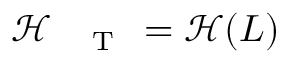
\mathcal { H } _ { \mathrm { ~ \tiny ~ \textnormal ~ { ~ T ~ } ~ } } = \mathcal { H } ( L )